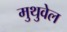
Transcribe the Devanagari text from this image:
मुथुवेल